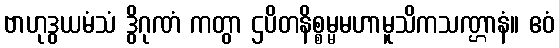
ဗာဟုဒွယမံသံ ဒွိဂုဏံ ကတွာ ဌပိတနိစ္စမ္မမဟာမူသိကသဏ္ဌာနံ။ ဧဝံ